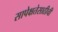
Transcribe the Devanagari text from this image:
सापेक्षतेसाठीची